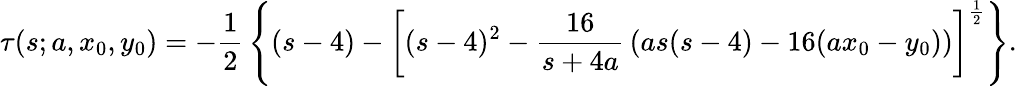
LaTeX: \tau(s;a,x_{0},y_{0})=-{\frac{1}{2}}\left\{ (s-4)-\left[(s-4)^{2}-{\frac{16}{s+4a}}\left(as(s-4)-16(ax_{0}-y_{0})\right)\right]^{\frac{1}{2}}\right\} .